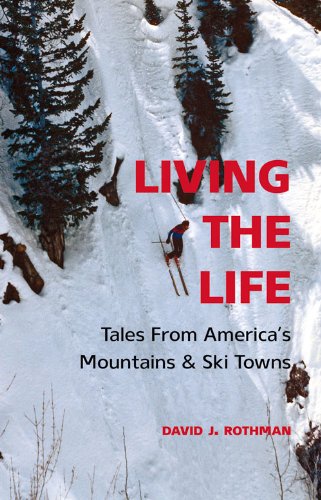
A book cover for Living the Life: Tales From America's Mountains & Ski Towns; David J. Rothman; Sports & Outdoors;